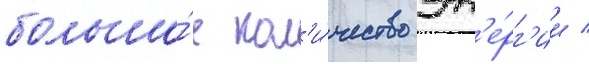
большо́е кол'и́чество эн'е́рг'ии /